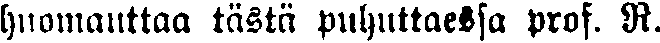
huomauttaa tästä puhuttaessa prof. R.